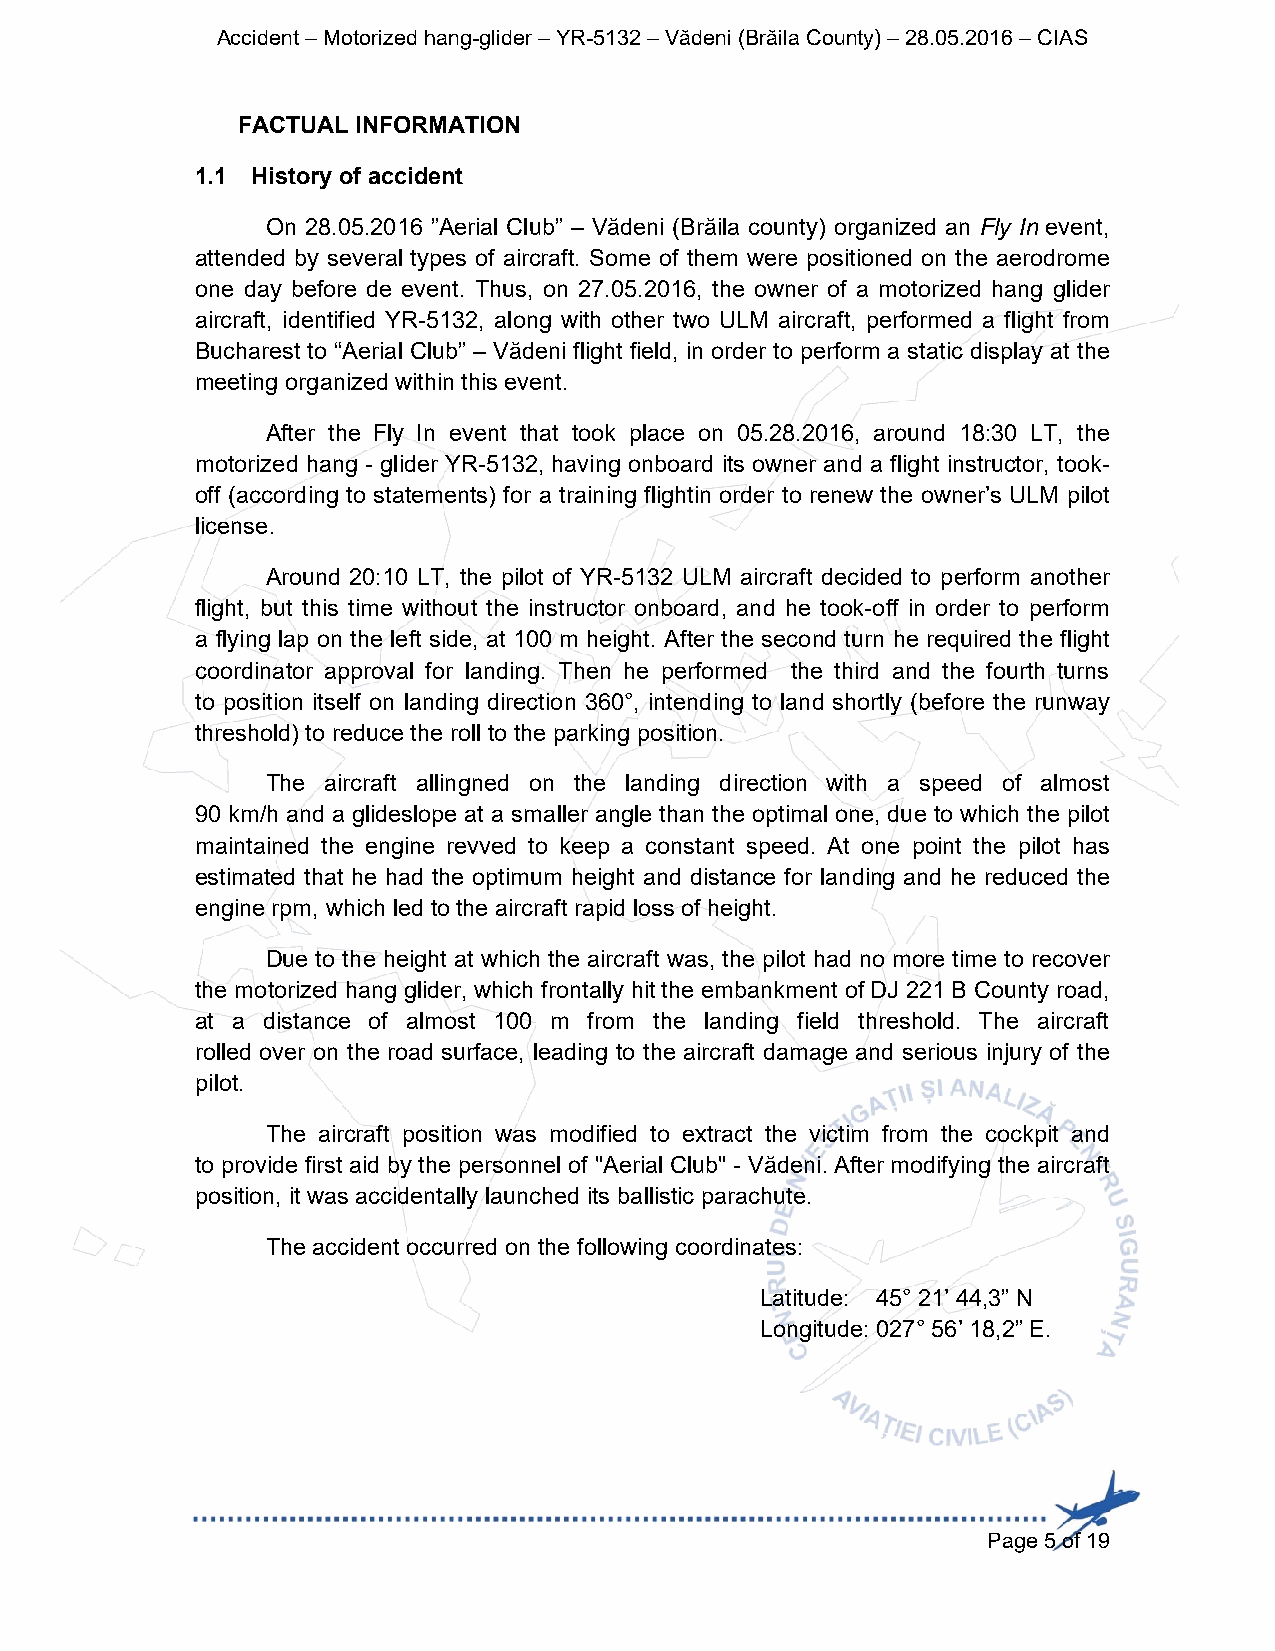
Accident – Motorized hang-glider – YR-5132 – Vădeni (Brăila County) – 28.05.2016 – CIAS
 FACTUAL INFORMATION
 1.1 History of accident
 On 28.05.2016 ”Aerial Club” – Vădeni (Brăila county) organized an Fly In event,
 attended by several types of aircraft. Some of them were positioned on the aerodrome
 one day before de event. Thus, on 27.05.2016, the owner of a motorized hang glider
 aircraft, identified YR-5132, along with other two ULM aircraft, performed a flight from
 Bucharest to “Aerial Club” – Vădeni flight field, in order to perform a static display at the
 meeting organized within this event.
 After the Fly In event that took place on 05.28.2016, around 18:30 LT, the
 motorized hang - glider YR-5132, having onboard its owner and a flight instructor, took-
 off (according to statements) for a training flightin order to renew the owner’s ULM pilot
 license.
 Around 20:10 LT, the pilot of YR-5132 ULM aircraft decided to perform another
 flight, but this time without the instructor onboard, and he took-off in order to perform
 a flying lap on the left side, at 100 m height. After the second turn he required the flight
 coordinator approval for landing. Then he performed the third and the fourth turns
 to position itself on landing direction 360°, intending to land shortly (before the runway
 threshold) to reduce the roll to the parking position.
 The aircraft allingned on the landing direction with a speed of almost
 90 km/h and a glideslope at a smaller angle than the optimal one, due to which the pilot
 maintained the engine revved to keep a constant speed. At one point the pilot has
 estimated that he had the optimum height and distance for landing and he reduced the
 engine rpm, which led to the aircraft rapid loss of height.
 Due to the height at which the aircraft was, the pilot had no more time to recover
 the motorized hang glider, which frontally hit the embankment of DJ 221 B County road,
 at a distance of almost 100 m from the landing field threshold. The aircraft
 rolled over on the road surface, leading to the aircraft damage and serious injury of the
 pilot.
 The aircraft position was modified to extract the victim from the cockpit and
 to provide first aid by the personnel of "Aerial Club" - Vădeni. After modifying the aircraft
 position, it was accidentally launched its ballistic parachute.
 The accident occurred on the following coordinates:
 Latitude: 45° 21’ 44,3” N
 Longitude: 027° 56’ 18,2” E.
 Page 5 of 19